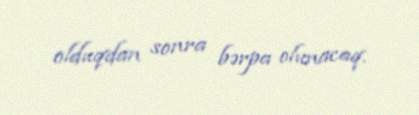
olduqdan sonra bərpa olunacaq.